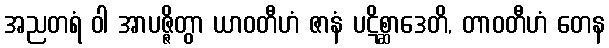
အညတရံ ဝါ အာပဇ္ဇိတွာ ယာဝတီဟံ ဇာနံ ပဋိစ္ဆာဒေတိ, တာဝတီဟံ တေန